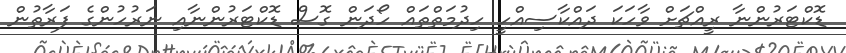
ޑޮކްޓަރުންނާ ރީއްޗަށް ވާހަކަ ދައްކާސިއްހީ ހިދުމަތްތައް ހޯދަން ގޮސް ޑޮކްޓަރުންނާއި ނަރުހުންގެ ފަރާތުން